Civil Veterinary Dept. North-West Frontier Province 1923-32 - 1923-1932
Year: 1923
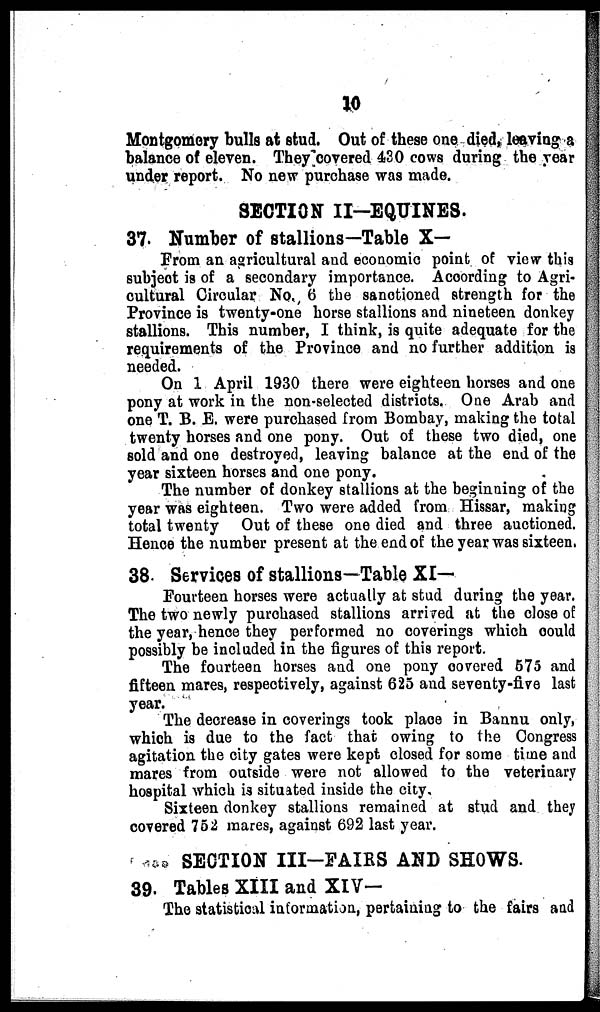
10
Montgomery bulls at stud. Out of these one died, leaving a
balance of eleven. They covered 430 cows during the year
under report. No new purchase was made.
SECTION II-EQUINES.
37. Number of stallions—Table X—
From an agricultural and economic point of view this
subject is of a secondary importance. According to Agri-
cultural Circular No. 6 the sanctioned strength for the
Province is twenty-one horse stallions and nineteen donkey
stallions. This number, I think, is quite adequate for the
requirements of the Province and no further addition is
needed.
On 1 April 1930 there were eighteen horses and one
pony at work in the non-selected districts. One Arab and
one T. B. E. were purchased from Bombay, making the total
twenty horses and one pony. Out of these two died, one
sold and one destroyed, leaving balance at the end of the
year sixteen horses and one pony.
The number of donkey stallions at the beginning of the
year was eighteen. Two were added from Hissar, making
total twenty Out of these one died and three auctioned.
Hence the number present at the end of the year was sixteen,
38. Services of stallions—Table XI—
Fourteen horses were actually at stud during the year.
The two newly purchased stallions arrived at the close of
the year, hence they performed no coverings which could
possibly be included in the figures of this report.
The fourteen horses and one pony covered 575 and
fifteen mares, respectively, against 625 and seventy-five last
year.
The decrease in coverings took place in Bannu only,
which is due to the fact that owing to the Congress
agitation the city gates were kept closed for some time and
mares from outside were not allowed to the veterinary
hospital which is situated inside the city.
Sixteen donkey stallions remained at stud and they
covered 752 mares, against 692 last year.
SECTION III-FAIRS AND SHOWS.
39. Tables XIII and XIV—
The statistical information, pertaining to the fairs and